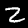
Label: 2